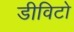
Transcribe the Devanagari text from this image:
डीविटो